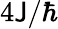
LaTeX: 4\mathsf{J}/\hbar